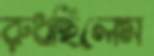
রুধছিলেম